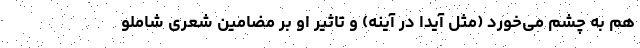
هم به چشم می‌خورد (مثل آیدا در آینه) و تاثیر او بر مضامین شعری شاملو